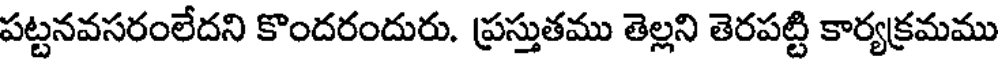
పట్టనవసరంలేదని కొందరందురు. ప్రస్తుతము తెల్లని తెరపట్టి కార్యక్రమము